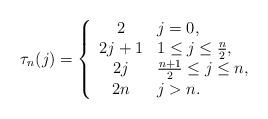
LaTeX: \begin{align*} \tau_n(j) = \left\lbrace \begin{array}{cl} 2 & j=0, \\ 2j+1 & 1\le j \le \frac{n}{2}, \\ 2j & \frac{n+1}{2} \le j \le n, \\ 2n & j>n. \end{array} \right.\end{align*}